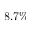
8 . 7 \%